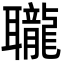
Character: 䏊